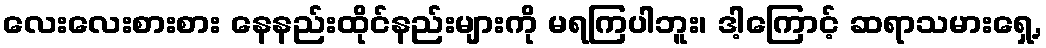
လေးလေးစားစား နေနည်းထိုင်နည်းများကို မရကြပါဘူး၊ ဒါ့ကြောင့် ဆရာသမားရှေ့,